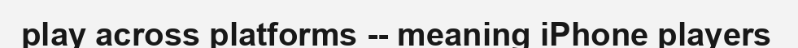
play across platforms -- meaning iPhone players